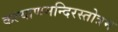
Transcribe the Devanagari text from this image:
कल्याणमन्दिरस्तोत्रम